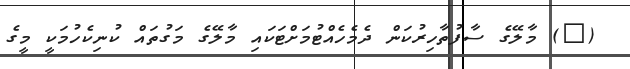
(@) މާލޭގެ ސާފުތާހިރުކަން ދެމެހެއްޓުމަށްޓަކައި މާލޭގެ މަގުތައް ކުނިކެހުމަކީ މީގެ